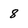
Character: 8